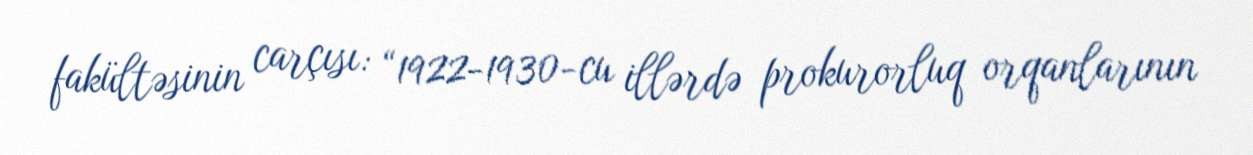
fakültəsinin carçısı: “1922-1930-cu illərdə prokurorluq orqanlarının